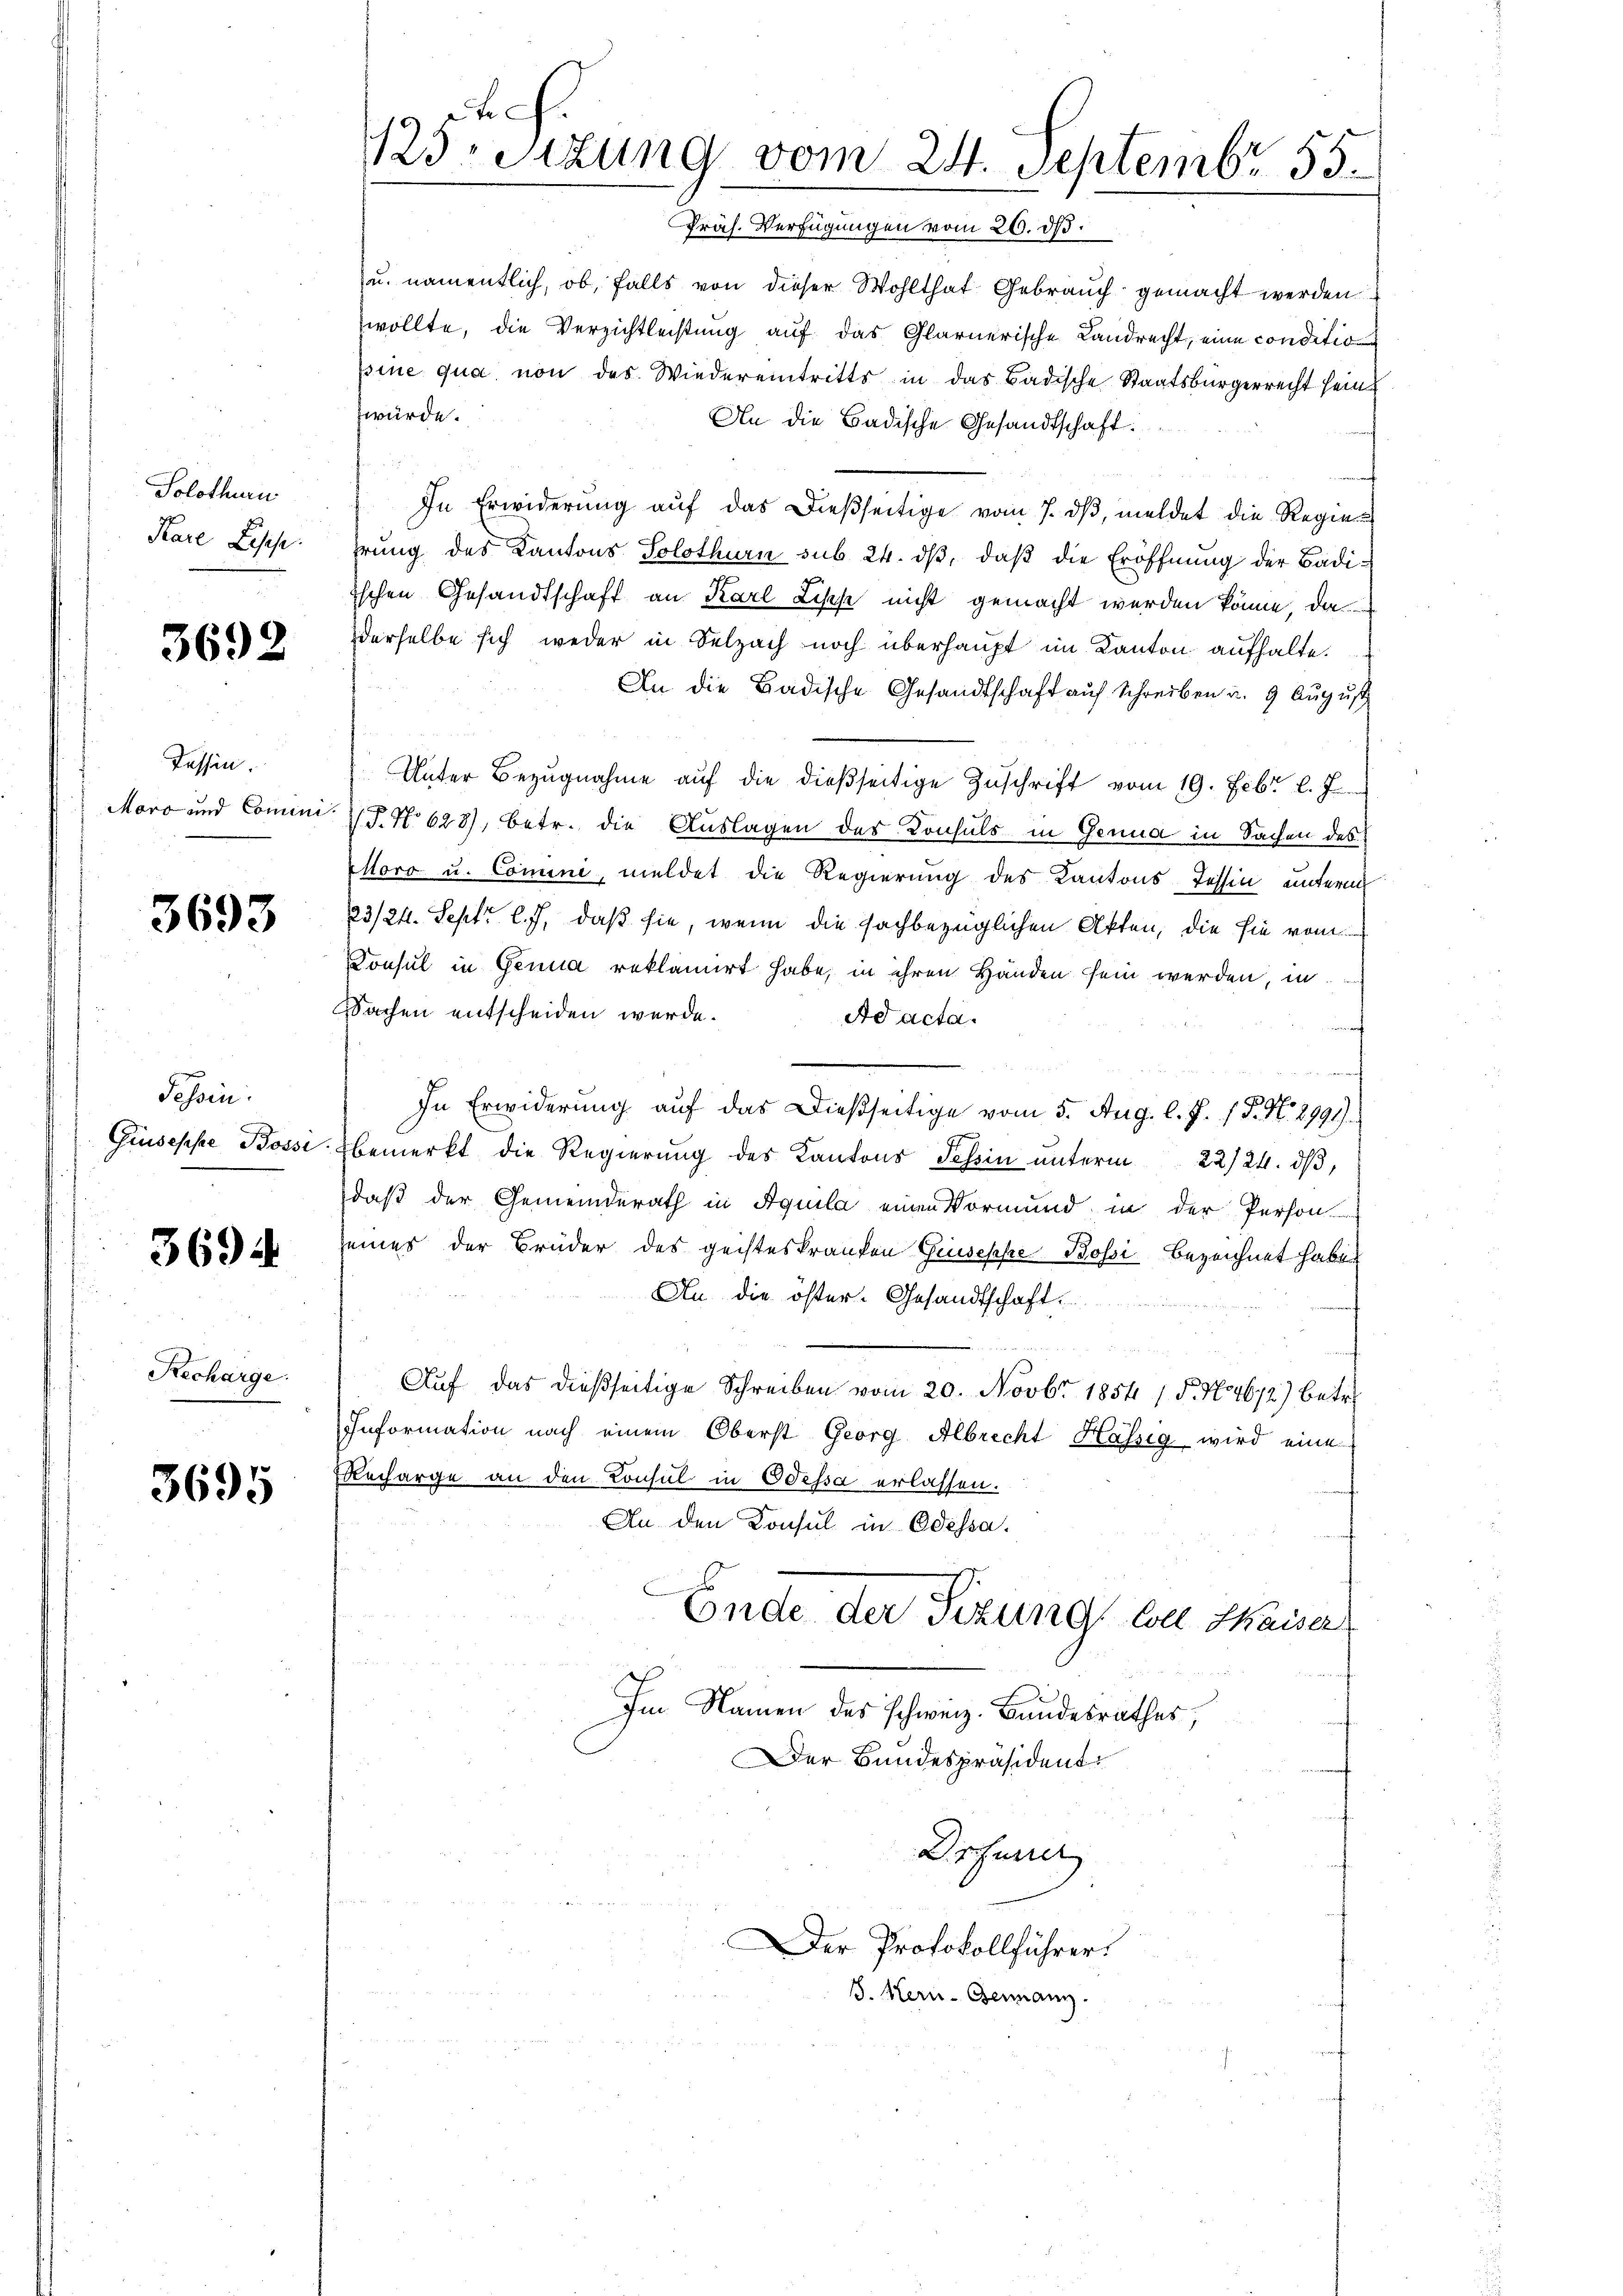
Solothurn
Kare Lesehe.

3692

Tessin.
Moro und Comini

3693

Tessin.
Giuseppe Bossi

3694

Recharge.

3695

ate
23. Sitzung vom 24. Septembr. 155.
Präs. Verfügungen vom 26. ds.

u. namentlich, ob, falls von dieser Wohlthat Gebrauch gemacht werden
wollte, die Verzichtleistung auf das Glarnerische Landrecht, eine conditio
pine qua non des Wiedereintritts in das Badische Staatsbürgerrecht sein
würde.
An die Badische Gesandtschaft.
In Erwiderung auf das Dießseitige vom 7. dβ meldet die Regiehrŭng des Kantons Solothurn sub 24. dβ, daβ die Eröffnŭng der Badi-
ischen Gesandtschaft an Karl Lische nicht gemacht werden könne, da
derselbe sich weder in Selzach noch überhaupt im Kanton aufhalte.
An die Badische Gesandtschaft auf Schreiben u. 9 August
Unter Bezŭgnahme aŭf die dießseitige Zuschrift vom 19. Febr. l. J.
T. No 623), betr. die Auslagen des Konsuls in Genua in Sachen des
Moro u. Comini, meldet die Regierung des Kantons Tessin unterm
23/24. Sept. l. J. daß sie, wenn die sachbezüglichen Akten, die sie vom
Consul in Genua reklamirt habe, in ihren Händen sein werden, in
Sachen entscheiden werde.
Ad acta.
In Erwiderung aŭf das dießseitige vom 5. Aug. l. J. P. Nr. 2991)
bemerkt die Regierung des Kantons Tessin unterm 22/24. dβ,
daß der Gemeinderath in Aquila einen Vormund in der Person
eines der Brüder des geisteskranken Gruseppe Bossi bezeichnet haben
An die öster-Gesandtschaft.
Auf das dießseitige Schreiben vom 20. Novbr 1854 / 5. No 4672) betr.
Information nach einem Oberst Georg Albrecht Hässig wird eine
Recharge an den Consul in Odessa erlassen.
An den Konsul in Odessa.
Ende der Sizung voll Kaiser
Im Namen des schweiz. Bundesrathes
Der Bundespräsident:
Dr Furrer
Der Protokollführer.
S. Kern-Beinanz